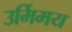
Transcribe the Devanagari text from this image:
उर्मिमय